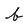
Character: b